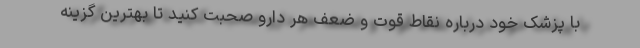
با پزشک خود درباره نقاط قوت و ضعف هر دارو صحبت کنید تا بهترین گزینه